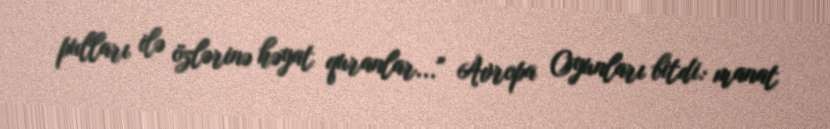
pulları ilə özlərinə həyat quranlar..." Avropa Oyunları bitdi: manat